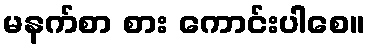
မနက်စာ စား ကောင်းပါစေ။